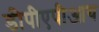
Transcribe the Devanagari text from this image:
डीपीएपीआय